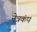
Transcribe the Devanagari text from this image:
नेत्रकंप